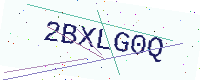
Text: 2BXLG0Q